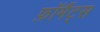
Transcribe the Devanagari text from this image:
फ़ॉर्मैट्स